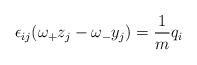
LaTeX: \begin{align*}\epsilon_{ij}(\omega_+ z_j - \omega_- y_j) = \frac{1}{m}q_i\end{align*}